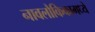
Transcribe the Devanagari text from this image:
नावलौकिकामध्ये